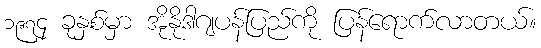
၁၉၇၄ ခုနှစ်မှာ အိုနိုဒါဂျပန်ပြည်ကို ပြန်ရောက်လာတယ်။